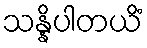
သန္နိပါတယိံ